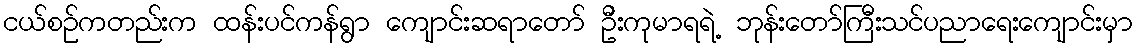
ငယ်စဉ်ကတည်းက ထန်းပင်ကန်ရွာ ကျောင်းဆရာတော် ဦးကုမာရရဲ့ ဘုန်းတော်ကြီးသင်ပညာရေးကျောင်းမှာ